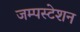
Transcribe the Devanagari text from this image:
जम्पस्टेशन